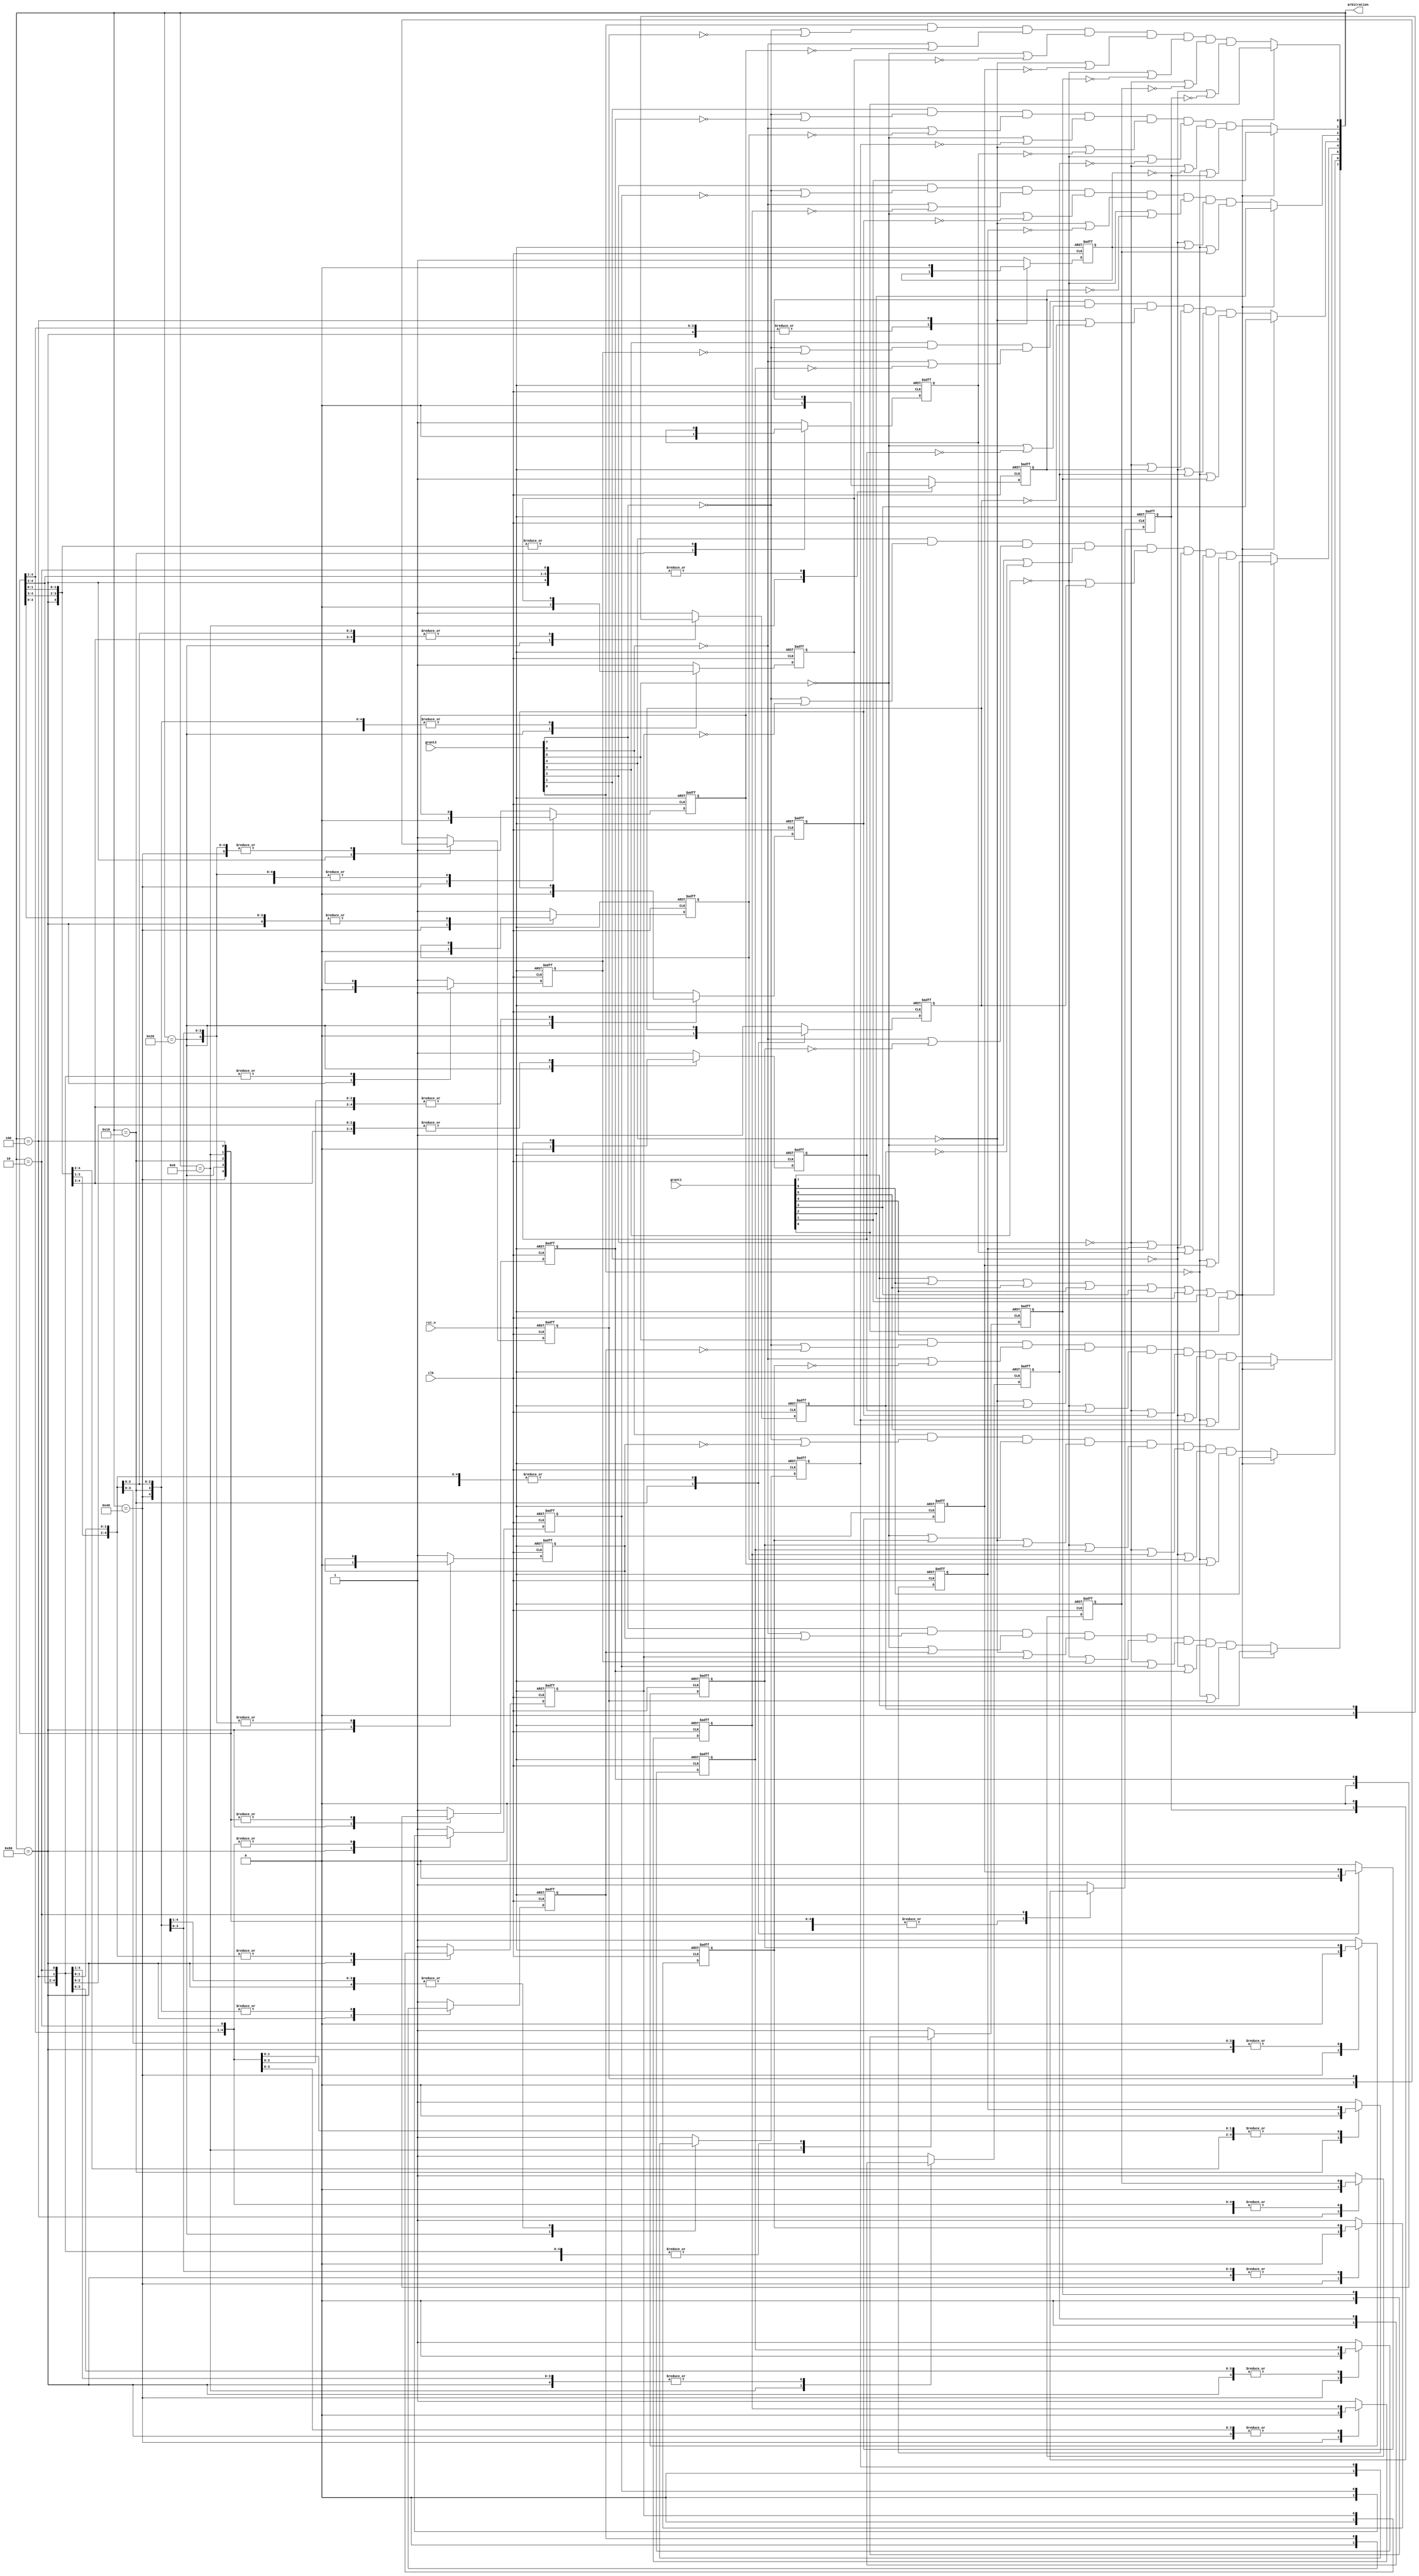
module arbiter8(
	input	wire		clk,
	input	wire		rst_n,
	input	wire[7:0]	grant1,
	input	wire[7:0]	grant2,
	output	wire[7:0]	arbitration
	);

	
	reg	prio7_6;	reg	prio7_5;	reg	prio7_4;	reg	prio7_3;	reg	prio7_2;	reg	prio7_1;	reg	prio7_0;
	reg	prio6_5;	reg	prio6_4;	reg	prio6_3;	reg	prio6_2;	reg	prio6_1;	reg	prio6_0;
	reg	prio5_4;	reg	prio5_3;	reg	prio5_2;	reg	prio5_1;	reg	prio5_0;
	reg	prio4_3;	reg	prio4_2;	reg	prio4_1;	reg	prio4_0;
	reg	prio3_2;	reg	prio3_1;	reg	prio3_0;
	reg	prio2_1;	reg	prio2_0;
	reg	prio1_0;

	wire 	grant1_valid;
	assign 	grant1_valid = grant1[7]|grant1[6]|grant1[5]|grant1[4]|grant1[3]|grant1[2]|grant1[1]|grant1[0];


	assign arbitration[7] = (grant1_valid)? grant1[7]: grant2[7]& (~grant2[6] | prio7_6) & (~grant2[5] | prio7_5) &(~grant2[4] | prio7_4)& (~grant2[3] | prio7_3)& (~grant2[2] | prio7_2)& (~grant2[1] | prio7_1)& (~grant2[0] | prio7_0);

	assign arbitration[6] =(grant1_valid)? grant1[6]: grant2[6]& (~grant2[7] | ~prio7_6) & (~grant2[5] | prio6_5) &(~grant2[4] | prio6_4)& (~grant2[3] | prio6_3)& (~grant2[2] | prio6_2)& (~grant2[1] | prio6_1)& (~grant2[0] | prio6_0);

	assign arbitration[5] = (grant1_valid)? grant1[5]:grant2[5]& (~grant2[7] | ~prio7_5) & (~grant2[6] | ~prio6_5) &(~grant2[4] | prio5_4)& (~grant2[3] | prio5_3)& (~grant2[2] | prio5_2)& (~grant2[1] | prio5_1)& (~grant2[0] | prio5_0);

	assign arbitration[4] = (grant1_valid)? grant1[4]:grant2[4]& (~grant2[7] | ~prio7_4) & (~grant2[6] | ~prio6_4) &(~grant2[5] | ~prio5_4)& (~grant2[3] | prio4_3)& (~grant2[2] | prio4_2)& (~grant2[1] | prio4_1)& (~grant2[0] | prio4_0);

	assign arbitration[3] =(grant1_valid)? grant1[3]: grant2[3]& (~grant2[7] | ~prio7_3) & (~grant2[6] | ~prio6_3) &(~grant2[5] | ~prio5_3)& (~grant2[4] | ~prio4_3)& (~grant2[2] | prio3_2)& (~grant2[1] | prio3_1)& (~grant2[0] | prio3_0);

	assign arbitration[2] = (grant1_valid)? grant1[2]:grant2[2]& (~grant2[7] | ~prio7_2) & (~grant2[6] | ~prio6_2) &(~grant2[5] | ~prio5_2)& (~grant2[4] | ~prio4_2)& (~grant2[3] | ~prio3_2)& (~grant2[1] | prio2_1)& (~grant2[0] | prio2_0);

	assign arbitration[1] = (grant1_valid)? grant1[1]:grant2[1]& (~grant2[7] | ~prio7_1) & (~grant2[6] | ~prio6_1) &(~grant2[5] | ~prio5_1)& (~grant2[4] | ~prio4_1)& (~grant2[3] | ~prio3_1)& (~grant2[2] | ~prio2_1)& (~grant2[0] | prio1_0);

	assign arbitration[0] = (grant1_valid)? grant1[0]:grant2[0]& (~grant2[7] | ~prio7_0) & (~grant2[6] | ~prio6_0) &(~grant2[5] | ~prio5_0)& (~grant2[4] | ~prio4_0)& (~grant2[3] | ~prio3_0)& (~grant2[2] | ~prio2_0)& (~grant2[1] | ~prio1_0);

	always @(posedge clk or negedge rst_n) begin
		if (!rst_n) begin
		
			prio7_6<=	1;
			prio7_5<=	1;
			prio7_4<=	1;
			prio7_3<=	1;
			prio7_2<=	1;
			prio7_1<=	1;
			prio7_0<=	1;

			prio6_5<=	1;
			prio6_4<=	1;
			prio6_3<=	1;
			prio6_2<=	1;
			prio6_1<=	1;
			prio6_0<=	1;

			prio5_4<=	1;
			prio5_3<=	1;
			prio5_2<=	1;
			prio5_1<=	1;
			prio5_0<=	1;

			prio4_3		<=	1;
			prio4_2		<=	1;
			prio4_1		<=	1;
			prio4_0		<=	1;

			prio3_2		<=	1;
			prio3_1		<=	1;
			prio3_0		<=	1;

			prio2_1		<=	1;
			prio2_0		<=	1;

			prio1_0		<=	1;
		end
		else begin
			case(arbitration)
				8'b1000_0000:begin
					prio7_6<=	0;
					prio7_5<=	0;
					prio7_4<=	0;
					prio7_3<=	0;
					prio7_2<=	0;
					prio7_1<=	0;
					prio7_0<=	0;

					prio6_5<=	prio6_5;
					prio6_4<=	prio6_4;
					prio6_3<=	prio6_3;
					prio6_2<=	prio6_2;
					prio6_1<=	prio6_1;
					prio6_0<=	prio6_0;

					prio5_4<=	prio5_4;
					prio5_3<=	prio5_3;
					prio5_2<=	prio5_2;
					prio5_1<=	prio5_1;
					prio5_0<=	prio5_0;

					prio4_3		<=	prio4_3;
					prio4_2		<=	prio4_2;
					prio4_1		<=	prio4_1;
					prio4_0		<=	prio4_0;

					prio3_2		<=	prio3_2;
					prio3_1		<=	prio3_1;
					prio3_0		<=	prio3_0;

					prio2_1		<=	prio2_1;
					prio2_0		<=	prio2_0;

					prio1_0		<=	prio1_0;
				end

				8'b0100_0000:begin
					prio7_6<=	1;
					prio7_5<=	prio7_5;
					prio7_4<=	prio7_4;
					prio7_3<=	prio7_3;
					prio7_2<=	prio7_2;
					prio7_1<=	prio7_1;
					prio7_0<=	prio7_0;

					prio6_5<=	0;
					prio6_4<=	0;
					prio6_3<=	0;
					prio6_2<=	0;
					prio6_1<=	0;
					prio6_0<=	0;

					prio5_4<=	prio5_4;
					prio5_3<=	prio5_3;
					prio5_2<=	prio5_2;
					prio5_1<=	prio5_1;
					prio5_0<=	prio5_0;

					prio4_3		<=	prio4_3;
					prio4_2		<=	prio4_2;
					prio4_1		<=	prio4_1;
					prio4_0		<=	prio4_0;

					prio3_2		<=	prio3_2;
					prio3_1		<=	prio3_1;
					prio3_0		<=	prio3_0;

					prio2_1		<=	prio2_1;
					prio2_0		<=	prio2_0;

					prio1_0		<=	prio1_0;
				end

				8'b0010_0000:begin
					prio7_6<=	prio7_6;
					prio7_5<=	1;
					prio7_4<=	prio7_4;
					prio7_3<=	prio7_3;
					prio7_2<=	prio7_2;
					prio7_1<=	prio7_1;
					prio7_0<=	prio7_0;

					prio6_5<=	1;
					prio6_4<=	prio6_4;
					prio6_3<=	prio6_3;
					prio6_2<=	prio6_2;
					prio6_1<=	prio6_1;
					prio6_0<=	prio6_0;

					prio5_4<=	0;
					prio5_3<=	0;
					prio5_2<=	0;
					prio5_1<=	0;
					prio5_0<=	0;

					prio4_3		<=	prio4_3;
					prio4_2		<=	prio4_2;
					prio4_1		<=	prio4_1;
					prio4_0		<=	prio4_0;

					prio3_2		<=	prio3_2;
					prio3_1		<=	prio3_1;
					prio3_0		<=	prio3_0;

					prio2_1		<=	prio2_1;
					prio2_0		<=	prio2_0;

					prio1_0		<=	prio1_0;
				end
				8'b0001_0000:begin
					prio7_6<=	prio7_6;
					prio7_5<=	prio7_5;
					prio7_4<=	1;
					prio7_3<=	prio7_3;
					prio7_2<=	prio7_2;
					prio7_1<=	prio7_1;
					prio7_0<=	prio7_0;

					prio6_5<=	prio6_5;
					prio6_4<=	1;
					prio6_3<=	prio6_3;
					prio6_2<=	prio6_2;
					prio6_1<=	prio6_1;
					prio6_0<=	prio6_0;

					prio5_4<=	1;
					prio5_3<=	prio5_3;
					prio5_2<=	prio5_2;
					prio5_1<=	prio5_1;
					prio5_0<=	prio5_0;

					prio4_3		<=	0;
					prio4_2		<=	0;
					prio4_1		<=	0;
					prio4_0		<=	0;

					prio3_2		<=	prio3_2;
					prio3_1		<=	prio3_1;
					prio3_0		<=	prio3_0;

					prio2_1		<=	prio2_1;
					prio2_0		<=	prio2_0;

					prio1_0		<=	prio1_0;
				end

				8'b0000_1000:begin
					prio7_6<=	prio7_6;
					prio7_5<=	prio7_5;
					prio7_4<=	prio7_4;
					prio7_3<=	1;
					prio7_2<=	prio7_2;
					prio7_1<=	prio7_1;
					prio7_0<=	prio7_0;

					prio6_5<=	prio6_5;
					prio6_4<=	prio6_4;
					prio6_3<=	1;
					prio6_2<=	prio6_2;
					prio6_1<=	prio6_1;
					prio6_0<=	prio6_0;

					prio5_4<=	prio5_4;
					prio5_3<=	1;
					prio5_2<=	prio5_2;
					prio5_1<=	prio5_1;
					prio5_0<=	prio5_0;

					prio4_3		<=	prio4_3;
					prio4_2		<=	prio4_2;
					prio4_1		<=	prio4_1;
					prio4_0		<=	prio4_0;

					prio3_2		<=	0;
					prio3_1		<=	0;
					prio3_0		<=	0;

					prio2_1		<=	prio2_1;
					prio2_0		<=	prio2_0;

					prio1_0		<=	prio1_0;
				end

				8'b0000_0100:begin
					prio7_6<=	prio7_6;
					prio7_5<=	prio7_5;
					prio7_4<=	prio7_4;
					prio7_3<=	prio7_3;
					prio7_2<=	1;
					prio7_1<=	prio7_1;
					prio7_0<=	prio7_0;

					prio6_5<=	prio6_5;
					prio6_4<=	prio6_4;
					prio6_3<=	prio6_3;
					prio6_2<=	1;
					prio6_1<=	prio6_1;
					prio6_0<=	prio6_0;

					prio5_4<=	prio5_4;
					prio5_3<=	prio5_3;
					prio5_2<=	1;
					prio5_1<=	prio5_1;
					prio5_0<=	prio5_0;

					prio4_3		<=	prio4_3;
					prio4_2		<=	1;
					prio4_1		<=	prio4_1;
					prio4_0		<=	prio4_0;

					prio3_2		<=	1;
					prio3_1		<=	prio3_1;
					prio3_0		<=	prio3_0;

					prio2_1		<=	0;
					prio2_0		<=	0;

					prio1_0		<=	prio1_0;
				end

				8'b0000_0010:begin
					prio7_6<=	prio7_6;
					prio7_5<=	prio7_5;
					prio7_4<=	prio7_4;
					prio7_3<=	prio7_3;
					prio7_2<=	prio7_2;
					prio7_1<=	1;
					prio7_0<=	prio7_0;

					prio6_5<=	prio6_5;
					prio6_4<=	prio6_4;
					prio6_3<=	prio6_3;
					prio6_2<=	prio6_2;
					prio6_1<=	1;
					prio6_0<=	prio6_0;

					prio5_4<=	prio5_4;
					prio5_3<=	prio5_3;
					prio5_2<=	prio5_2;
					prio5_1<=	1;
					prio5_0<=	prio5_0;

					prio4_3		<=	prio4_3;
					prio4_2		<=	prio4_2;
					prio4_1		<=	1;
					prio4_0		<=	prio4_0;

					prio3_2		<=	prio3_2;
					prio3_1		<=	1;
					prio3_0		<=	prio3_0;

					prio2_1		<=	1;
					prio2_0		<=	prio2_0;

					prio1_0		<=	0;
				end

				8'b0000_0010:begin
					prio7_6<=	prio7_6;
					prio7_5<=	prio7_5;
					prio7_4<=	prio7_4;
					prio7_3<=	prio7_3;
					prio7_2<=	prio7_2;
					prio7_1<=	prio7_1;
					prio7_0<=	1;

					prio6_5<=	prio6_5;
					prio6_4<=	prio6_4;
					prio6_3<=	prio6_3;
					prio6_2<=	prio6_2;
					prio6_1<=	prio6_1;
					prio6_0<=	1;

					prio5_4<=	prio5_4;
					prio5_3<=	prio5_3;
					prio5_2<=	prio5_2;
					prio5_1<=	prio5_1;
					prio5_0<=	1;

					prio4_3		<=	prio4_3;
					prio4_2		<=	prio4_2;
					prio4_1		<=	prio4_1;
					prio4_0		<=	1;

					prio3_2		<=	prio3_2;
					prio3_1		<=	prio3_1;
					prio3_0		<=	1;

					prio2_1		<=	prio2_1;
					prio2_0		<=	1;

					prio1_0		<=	1;
				end

				default:begin
			prio7_6<=	1;
			prio7_5<=	1;
			prio7_4<=	1;
			prio7_3<=	1;
			prio7_2<=	1;
			prio7_1<=	1;
			prio7_0<=	1;

			prio6_5<=	1;
			prio6_4<=	1;
			prio6_3<=	1;
			prio6_2<=	1;
			prio6_1<=	1;
			prio6_0<=	1;

			prio5_4<=	1;
			prio5_3<=	1;
			prio5_2<=	1;
			prio5_1<=	1;
			prio5_0<=	1;

			prio4_3		<=	1;
			prio4_2		<=	1;
			prio4_1		<=	1;
			prio4_0		<=	1;

			prio3_2		<=	1;
			prio3_1		<=	1;
			prio3_0		<=	1;

			prio2_1		<=	1;
			prio2_0		<=	1;

			prio1_0		<=	1;
				end
			endcase
		end
	end

endmodule